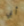
أبي